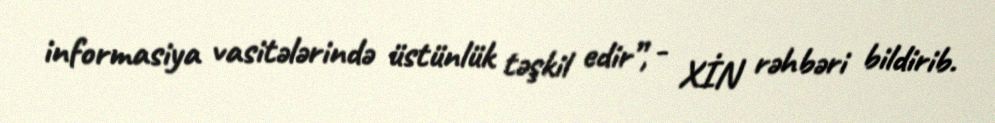
informasiya vasitələrində üstünlük təşkil edir”, - XİN rəhbəri bildirib.